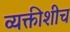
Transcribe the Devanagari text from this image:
व्यक्तीशीच